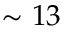
\sim 1 3